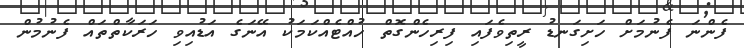
ފެންނަ ފެނުމަށް ހަށިގަނޑު ރީތިވެފައި ފިރިހެންގޮތް ހުއްޓެއްކަމަކު އޭނަގެ އަޑުއިވި ހަރަކާތްތައް ފެނުމުން